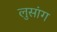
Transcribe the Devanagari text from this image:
लुसांग